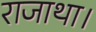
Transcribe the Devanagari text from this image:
राजाथा।